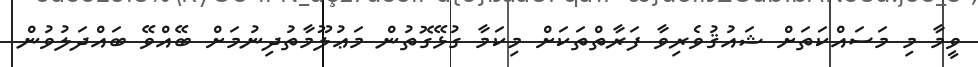
ވީމާ މި މަސައްކަތަށް ޝައުޤުވެރިވާ ފަރާތްތަކަށް މިކަމާ ގުޅޭގޮތުން މަޢުލޫމާތުދިނުމަށް ބޭއްވޭ ބައްދަލުވުން